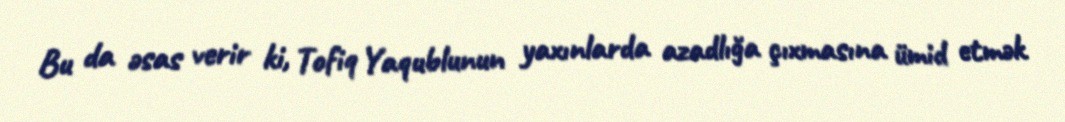
Bu da əsas verir ki, Tofiq Yaqublunun yaxınlarda azadlığa çıxmasına ümid etmək